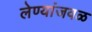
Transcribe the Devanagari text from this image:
लेण्यांजवळ